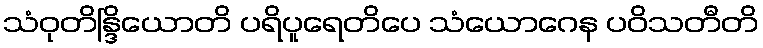
သံဝုတိန္ဒြိယောတိ ပရိပူရေတိပေ သံယောဂေန ပဝိသတီတိ